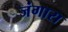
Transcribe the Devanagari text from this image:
जंगारा